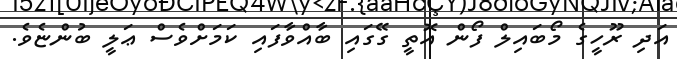
އަދި ރޫހީގެ މޯބައިލް ފޯން އޮތީ ގޭގައި ބާއްވާފައި ކަމަށްވެސް ޢަލީ ބުންޏެވެ.